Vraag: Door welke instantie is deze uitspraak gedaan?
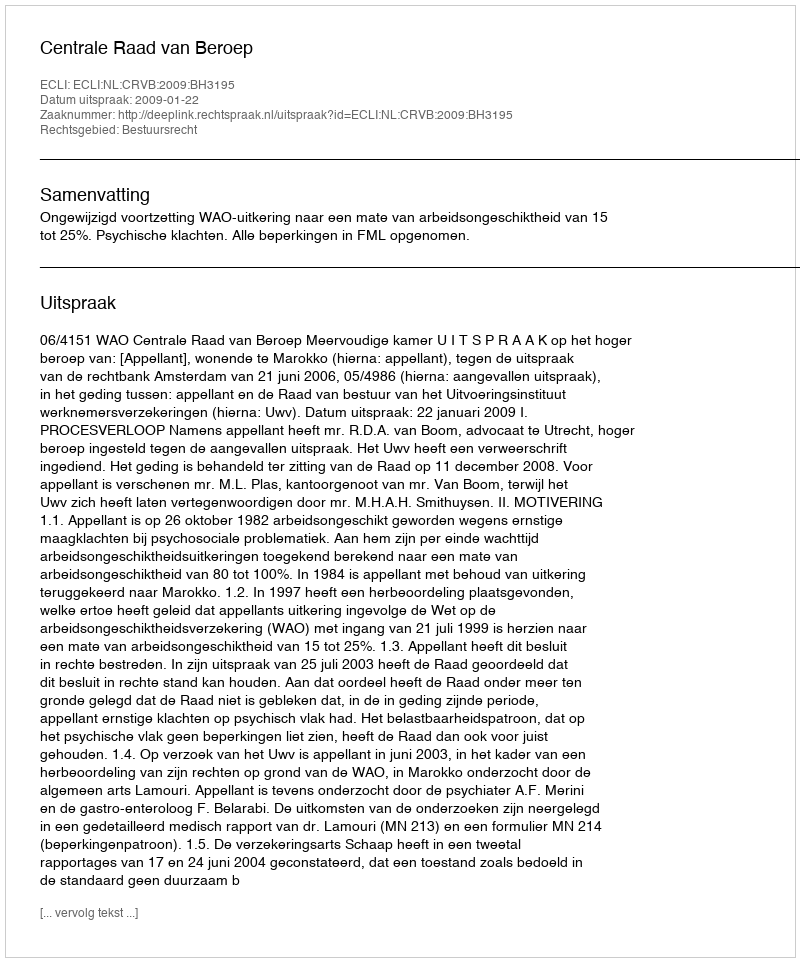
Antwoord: Centrale Raad van Beroep